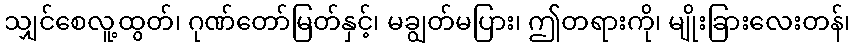
သျှင်စေလူ့ထွတ်၊ ဂုဏ်တော်မြတ်နှင့်၊ မချွတ်မပြား၊ ဤတရားကို၊ မျိုးခြားလေးတန်၊